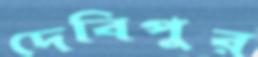
দেবিপুর